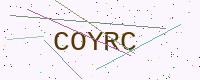
Text: COYRC